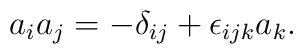
a_{i}a_{j}=-\delta _{ij}+\epsilon _{ijk}a_{k}.